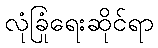
လုံခြုံရေးဆိုင်ရာ